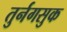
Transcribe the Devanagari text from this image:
तुर्नगसुक